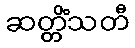
ဆတ္တိံသတီ